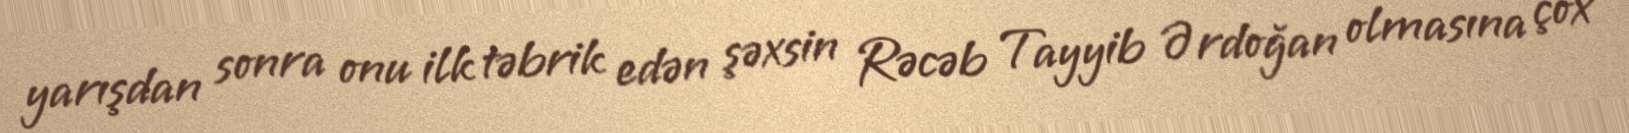
yarışdan sonra onu ilk təbrik edən şəxsin Rəcəb Tayyib Ərdoğan olmasına çox